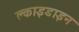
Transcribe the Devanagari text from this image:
क्लाइडाइन